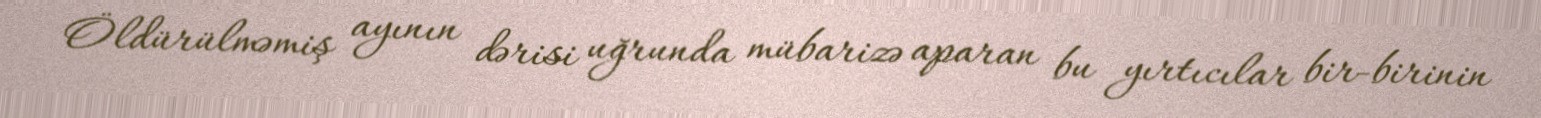
Öldürülməmiş ayının dərisi uğrunda mübarizə aparan bu yırtıcılar bir-birinin